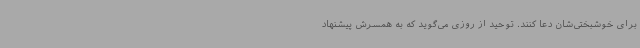
برای خوشبختی‌شان دعا کنند. توحید از روزی می‌گوید که به همسرش پیشنهاد